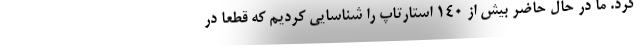
کرد. ما در حال حاضر بیش از ۱۴۰ استارتاپ را شناسایی کردیم که قطعا در